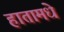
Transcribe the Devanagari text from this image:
हातामधे